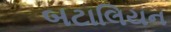
બટાલિયન